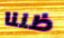
ظننا